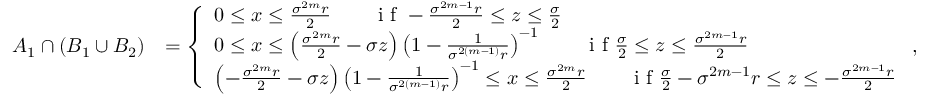
\begin{array} { r l } { A _ { 1 } \cap ( B _ { 1 } \cup B _ { 2 } ) } & { = \left\{ \begin{array} { l l } { 0 \leq x \leq \frac { \sigma ^ { 2 m } r } { 2 } \qquad \textrm { i f } - \frac { \sigma ^ { 2 m - 1 } r } { 2 } \leq z \leq \frac { \sigma } { 2 } } \\ { 0 \leq x \leq \left( \frac { \sigma ^ { 2 m } r } { 2 } - \sigma z \right) \left( 1 - \frac { 1 } { \sigma ^ { 2 ( m - 1 ) } r } \right) ^ { - 1 } \qquad \textrm { i f } \frac { \sigma } { 2 } \leq z \leq \frac { \sigma ^ { 2 m - 1 } r } { 2 } } \\ { \left( - \frac { \sigma ^ { 2 m } r } { 2 } - \sigma z \right) \left( 1 - \frac { 1 } { \sigma ^ { 2 ( m - 1 ) } r } \right) ^ { - 1 } \leq x \leq \frac { \sigma ^ { 2 m } r } { 2 } \qquad \textrm { i f } \frac { \sigma } { 2 } - \sigma ^ { 2 m - 1 } r \leq z \leq - \frac { \sigma ^ { 2 m - 1 } r } { 2 } } \end{array} \right. , } \end{array}